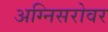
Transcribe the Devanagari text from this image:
अग्निसरोवर